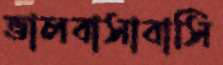
ভালবাসাবাসি